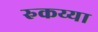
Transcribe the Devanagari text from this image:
रुकय्या